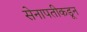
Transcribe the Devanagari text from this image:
सेनापतीकडून